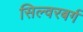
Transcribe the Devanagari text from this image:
सिल्वरबर्ग